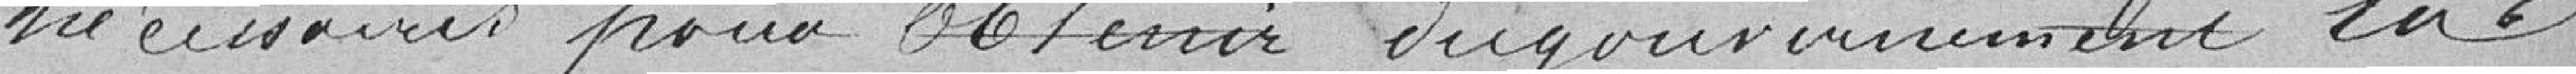
nécessaires pour obtenir du gouvernement la